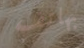
بهاتف